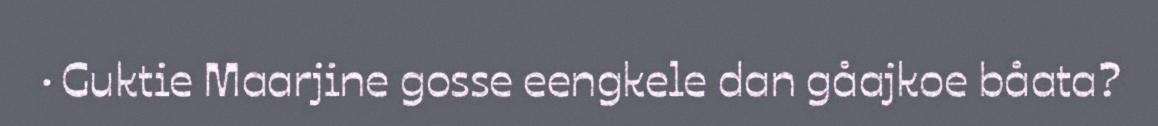
· Guktie Maarjine gosse eengkele dan gåajkoe båata?